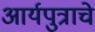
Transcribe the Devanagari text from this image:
आर्यपुत्राचे